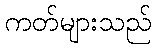
ကတ်များသည်